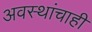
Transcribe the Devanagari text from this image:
अवस्थांचाही